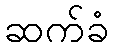
ဆက်ခံ